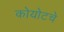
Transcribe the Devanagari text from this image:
कोयोटचे